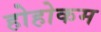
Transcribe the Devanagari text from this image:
होहोकम